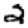
Digit: 2